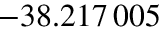
- 3 8 . 2 1 7 \, 0 0 5